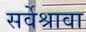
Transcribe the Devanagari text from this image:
सर्वेश्रावा